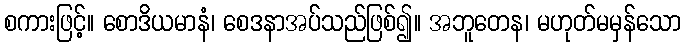
စကားဖြင့်။ စောဒိယမာနံ၊ စေဒနာအပ်သည်ဖြစ်၍။ အဘူတေန၊ မဟုတ်မမှန်သော